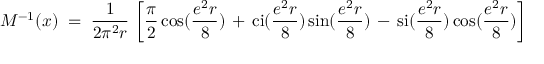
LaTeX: M ^ { - 1 } ( x ) \; = \; \frac { 1 } { 2 \pi ^ { 2 } r } \, \left[ \frac { \pi } { 2 } \cos ( \frac { e ^ { 2 } r } { 8 } ) \, + \, \mathrm { c i } ( \frac { e ^ { 2 } r } { 8 } ) \sin ( \frac { e ^ { 2 } r } { 8 } ) \, - \, \mathrm { s i } ( \frac { e ^ { 2 } r } { 8 } ) \cos ( \frac { e ^ { 2 } r } { 8 } ) \right]